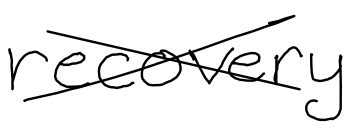
Text: recovery
Cross-out: cross
Writing tool: digital_black